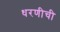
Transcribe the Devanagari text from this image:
धरणीची